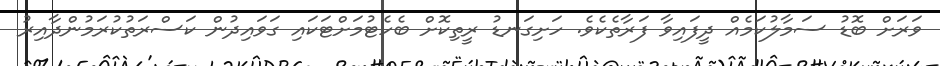
ވަރަށް ބޮޑު ސަމާލުކަމެއް ދީފައިވާ ފަރާތެކެވެ. ހަށިގަނޑު ރީތިކޮށް ބެހެޓުމަށްޓަކައި ގަވައިދުން ކަސްރަތުކުރަމުންދާއިރު